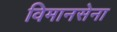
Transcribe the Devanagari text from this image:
विमानसेना